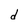
Character: d